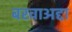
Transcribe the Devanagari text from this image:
बरवाअद्दा